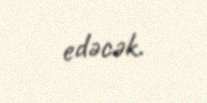
edəcək.